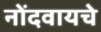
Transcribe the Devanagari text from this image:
नोंदवायचेे